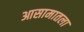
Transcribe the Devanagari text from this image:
आसामातला